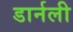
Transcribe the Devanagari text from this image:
डार्नली